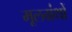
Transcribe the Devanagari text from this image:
मूलग्रंथों